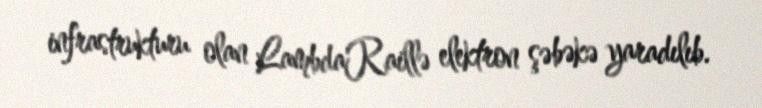
infrastrukturu olan LambdaRaillə elektron şəbəkə yaradılıb.